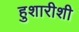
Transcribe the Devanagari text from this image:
हुशारीशी